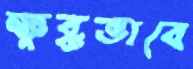
ক্ষুব্ধভাবে